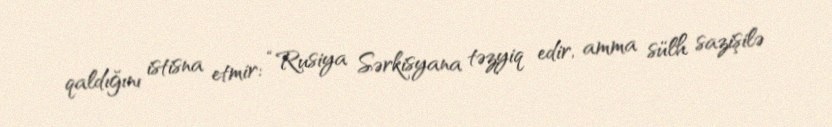
qaldığını istisna etmir: “Rusiya Sərkisyana təzyiq edir, amma sülh sazişilə